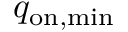
q _ { \mathrm { o n , m i n } }